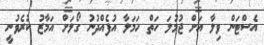
އެސްޓަން ވިލާ އަށް ޖުމުލަ ހަތް ހަމަލާ އުފެއްދުނު ގޯލަށް އަމާޒު ކުރެވުނީ